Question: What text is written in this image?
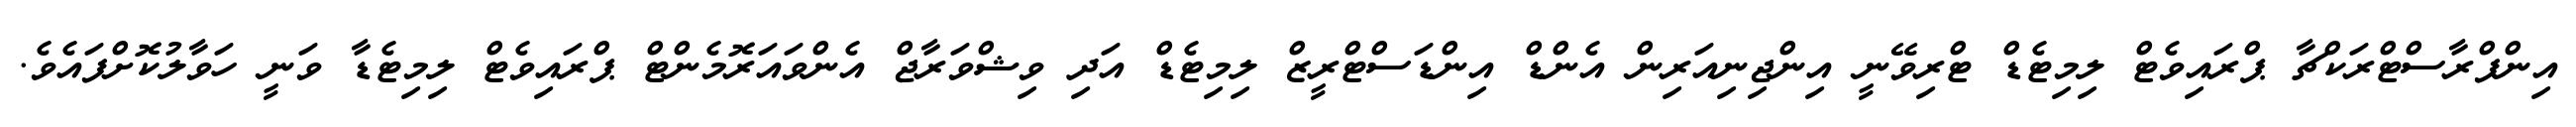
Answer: އިންފްރާސްޓްރަކްޗާ ޕްރައިވެޓް ލިމިޓެޑް ޓްރިވޭނީ އިންޖިނިއަރިން އެންޑް އިންޑަސްޓްރީޒް ލިމިޓެޑް އަދި ވިޝްވަރާޖް އެންވައަރޮމެންޓް ޕްރައިވެޓް ލިމިޓެޑާ ވަނީ ހަވާލުކޮށްފައެވެ.